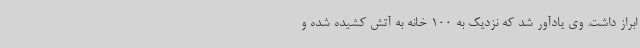
ابراز داشت. وی یادآور شد که نزدیک به 100 خانه به آتش کشیده شده و